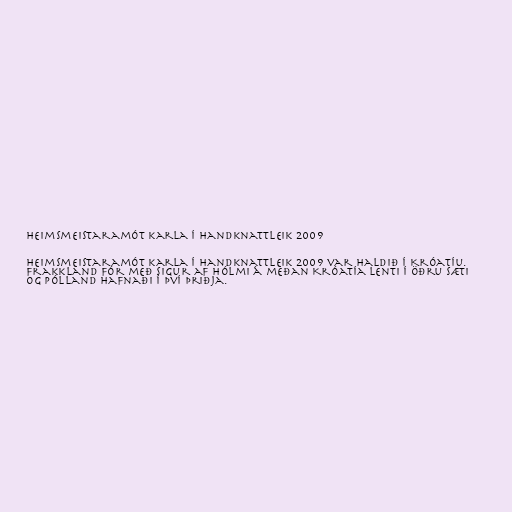
Heimsmeistaramót karla í handknattleik 2009

Heimsmeistaramót karla í handknattleik 2009 var haldið í Króatíu.
Frakkland fór með sigur af hólmi á meðan Króatía lenti í öðru sæti
og Pólland hafnaði í því þriðja.